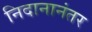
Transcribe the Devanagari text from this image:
निदानानंतर